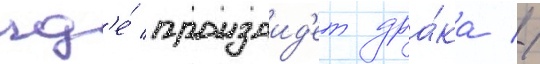
гд'е́ произоид'ет дра́ка //